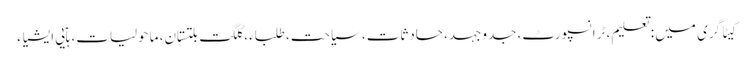
کیٹاگری میں : تعلیم، ٹرانسپورٹ، جدوجہد، حادثات، سیاحت، طلباء، گلگت بلتستان، ماحولیات، ہاؑیی ایشیاء